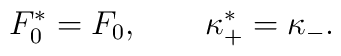
F_{0}^{*}=F_{0},\qquad \kappa _{+}^{*}=\kappa _{-}.